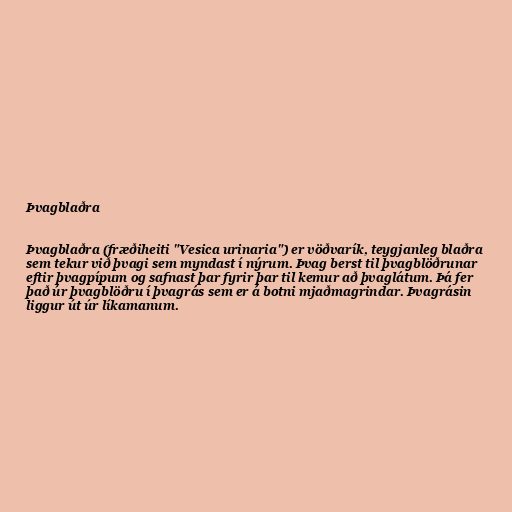
Þvagblaðra

Þvagblaðra (fræðiheiti "Vesica urinaria") er vöðvarík, teygjanleg blaðra
sem tekur við þvagi sem myndast í nýrum. Þvag berst til þvagblöðrunar
eftir þvagpípum og safnast þar fyrir þar til kemur að þvaglátum. Þá fer
það úr þvagblöðru í þvagrás sem er á botni mjaðmagrindar. Þvagrásin
liggur út úr líkamanum.